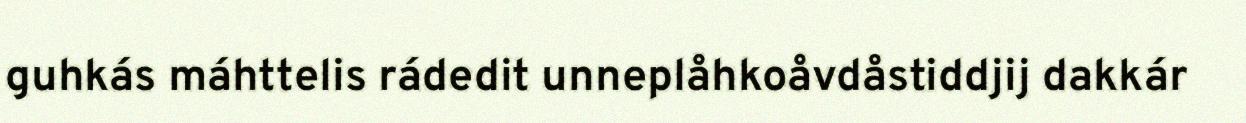
guhkás máhttelis rádedit unneplåhkoåvdåstiddjij dakkár